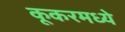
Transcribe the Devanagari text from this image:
कूकरमध्ये